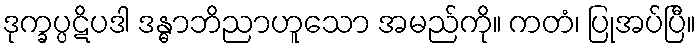
ဒုက္ခပ္ပဋိပဒါ ဒန္ဓာဘိညာဟူသော အမည်ကို။ ကတံ၊ ပြုအပ်ပြီ။